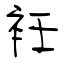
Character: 衽